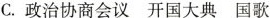
C.政治协商会议 开国大典 国歌